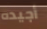
أجيده